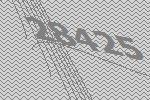
28425